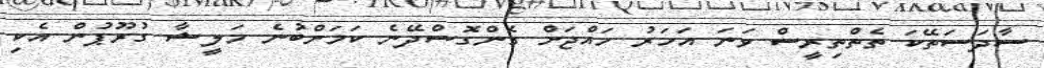
ސާދަސަތޭކަ ތެތްތިރީސް ވަނަ އަހަރު ހައްޖަށް ގެންގޮސްދޭނެ ކަމަށްބުނެ މަލީޝާ ގުރޫޕުން އެކި